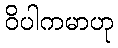
ဝိပါကမာဟု